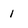
Character: 1